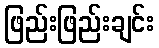
ဖြည်းဖြည်းချင်း